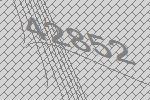
42852